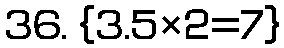
36. {3.5×2=7}